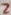
Text: 2